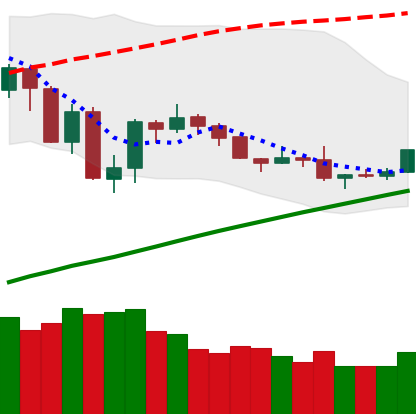
Ticker: BTC-USD
Chart end date: 2019-07-31
Forward return: 17.054%
Label: up_7plus